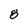
Character: 8